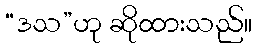
“ဒသ”ဟု ဆိုထားသည်။